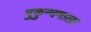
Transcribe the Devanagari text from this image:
मुकुन्दमाला